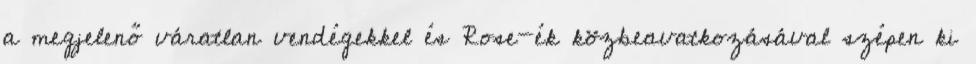
a megjelenő váratlan vendégekkel és Rose-ék közbeavatkozásával szépen ki